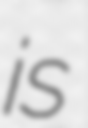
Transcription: is